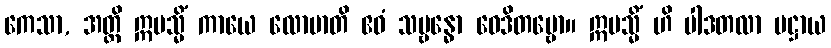
ကေသာ, အတ္ထိ ဣမသ္မိံ ကာယေ လောမာတိ ဧဝံ သမ္ဗန္ဓော ဝေဒိတဗ္ဗော။ ဣမသ္မိံ ဟိ ပါဒတလာ ပဋ္ဌာယ